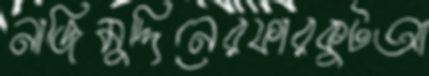
নাজিমুদ্দিনেরফারকুটআ